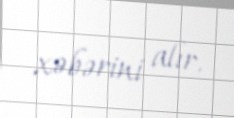
xəbərini alır.